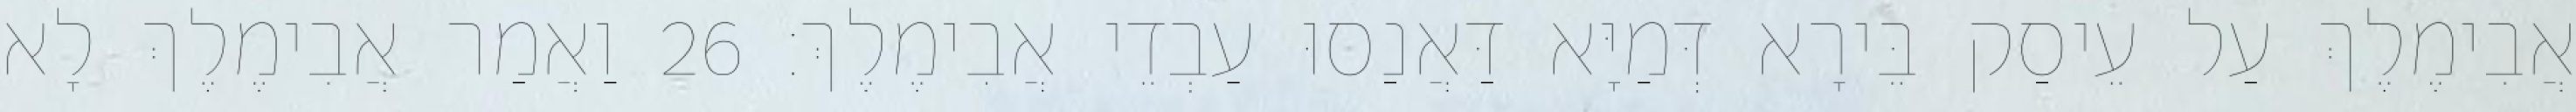
אֲבִימֶלֶךְ עַל עֵיסַק בֵּירָא דְּמַיָּא דַּאֲנַסוּ עַבְדֵי אֲבִימֶלֶךְ׃ 26 וַאֲמַר אֲבִימֶלֶךְ לָא